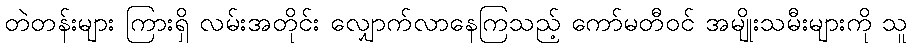
တဲတန်းများ ကြားရှိ လမ်းအတိုင်း လျှောက်လာနေကြသည့် ကော်မတီဝင် အမျိုးသမီးများကို သူ